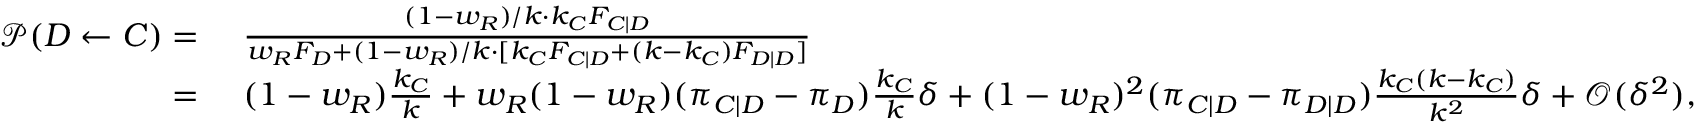
\begin{array} { r l } { \mathcal { P } ( D \gets C ) = } & { ~ \frac { ( 1 - w _ { R } ) / k \cdot k _ { C } F _ { C | D } } { w _ { R } F _ { D } + ( 1 - w _ { R } ) / k \cdot [ k _ { C } F _ { C | D } + ( k - k _ { C } ) F _ { D | D } ] } } \\ { = } & { ~ ( 1 - w _ { R } ) \frac { k _ { C } } { k } + w _ { R } ( 1 - w _ { R } ) ( \pi _ { C | D } - \pi _ { D } ) \frac { k _ { C } } { k } \delta + ( 1 - w _ { R } ) ^ { 2 } ( \pi _ { C | D } - \pi _ { D | D } ) \frac { k _ { C } ( k - k _ { C } ) } { k ^ { 2 } } \delta + \mathcal { O } ( \delta ^ { 2 } ) , } \end{array}